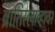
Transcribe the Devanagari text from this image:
ब्रातिस्लाव्हावर